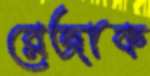
রেজাক